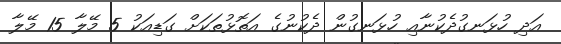
އަދި ހުޅަނގުދެކުނާއި ހުޅަނގުން ދެކުނުގެ އަތޮޅުތަކަށް ގަޑިއަކު 5 މޭލާ 15 މޭލާ